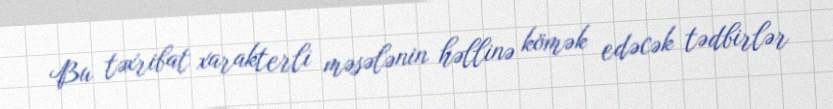
Bu təxribat xarakterli məsələnin həllinə kömək edəcək tədbirlər